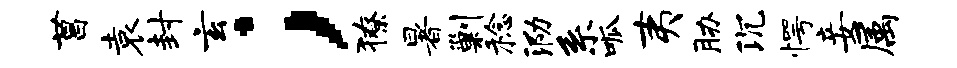
菖袁封玄；獠暑剿稔泐系呱夷胁沉愕妾属